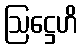
ဩဋ္ဌေဟိ